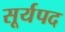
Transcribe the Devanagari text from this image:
सूर्यपद